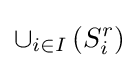
\cup _{i\in I}\left(S_{i}^{r}\right)